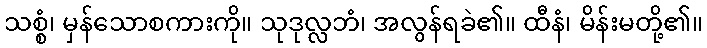
သစ္စံ၊ မှန်သောစကားကို။ သုဒုလ္လဘံ၊ အလွန်ရခဲ၏။ ထီနံ၊ မိန်းမတို့၏။